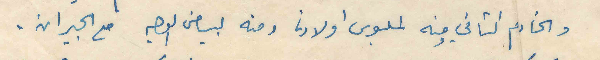
والخادم الثاني ومنه لملبوس اولادنا ومنه لبياض الوجه مع الجيران.